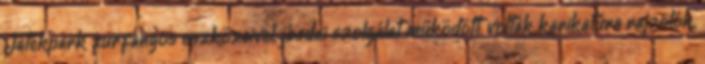
Játékpark furfangos eszközeivel, jósdai szolgálat működött, voltak karikatúra rajzolók,